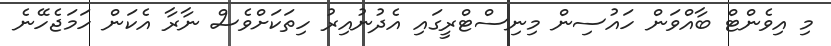
މި އިވެންޓްް ބާއްވަން ހައުސިން މިނިސްޓްރީގައި އެދުނުއިރު ހިތަކަށްވެސް ނާރާ އެކަން ހަމަޖެހޭނެ